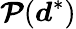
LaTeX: \boldsymbol{\mathcal{P}}(\boldsymbol{d}^{*})